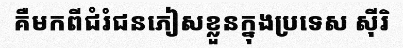
គឺមកពីជំរំជនភៀសខ្លួនក្នុងប្រទេស ស៊ីរិ